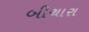
બીચારા